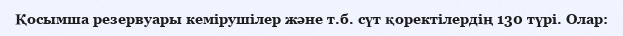
Қосымша резервуары кемірушілер және т.б. сүт қоректілердің 130 түрі. Олар: